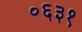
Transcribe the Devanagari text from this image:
०६३१